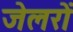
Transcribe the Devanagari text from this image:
जेलरों